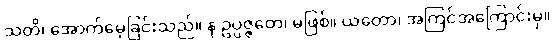
သတိ၊ အောက်မေ့ခြင်းသည်။ န ဥပ္ပဇ္ဇတေ၊ မဖြစ်။ ယတော၊ အကြင်အကြောင်းမှ။